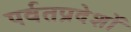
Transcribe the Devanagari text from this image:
पर्वतप्रदेशों